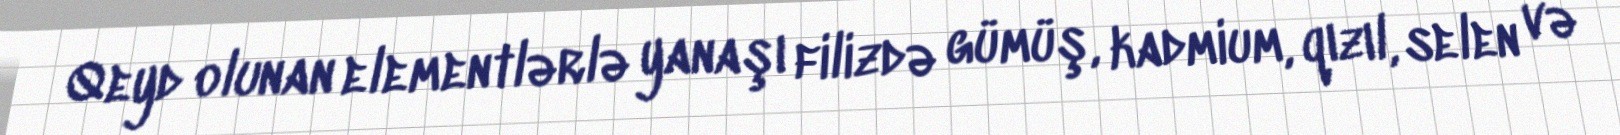
Qeyd olunan elementlərlə yanaşı filizdə gümüş, kadmium, qızıl, selen və